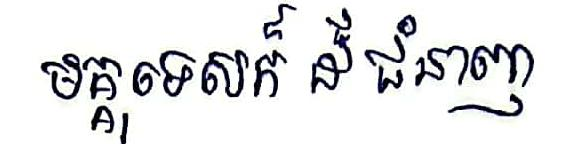
មគ្គុទេសក៍ ដ៏ ជំនាញ